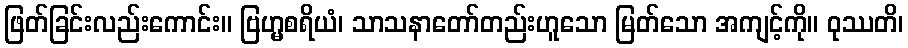
ဖြတ်ခြင်းလည်းကောင်း။ ဗြဟ္မစရိယံ၊ သာသနာတော်တည်းဟူသော မြတ်သော အကျင့်ကို။ ဝုဿတိ၊